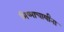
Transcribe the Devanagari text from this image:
भिष्माचार्यांना